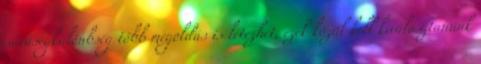
sűrűségkülönbség több megoldás is létezhet, ezek közül kell kiválasztanunk